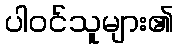
ပါဝင်သူများ၏